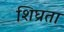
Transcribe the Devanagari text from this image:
शिघ्रता